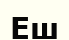
Еш